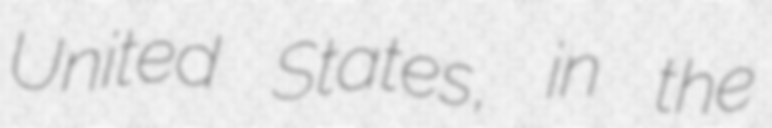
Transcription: United States, in the